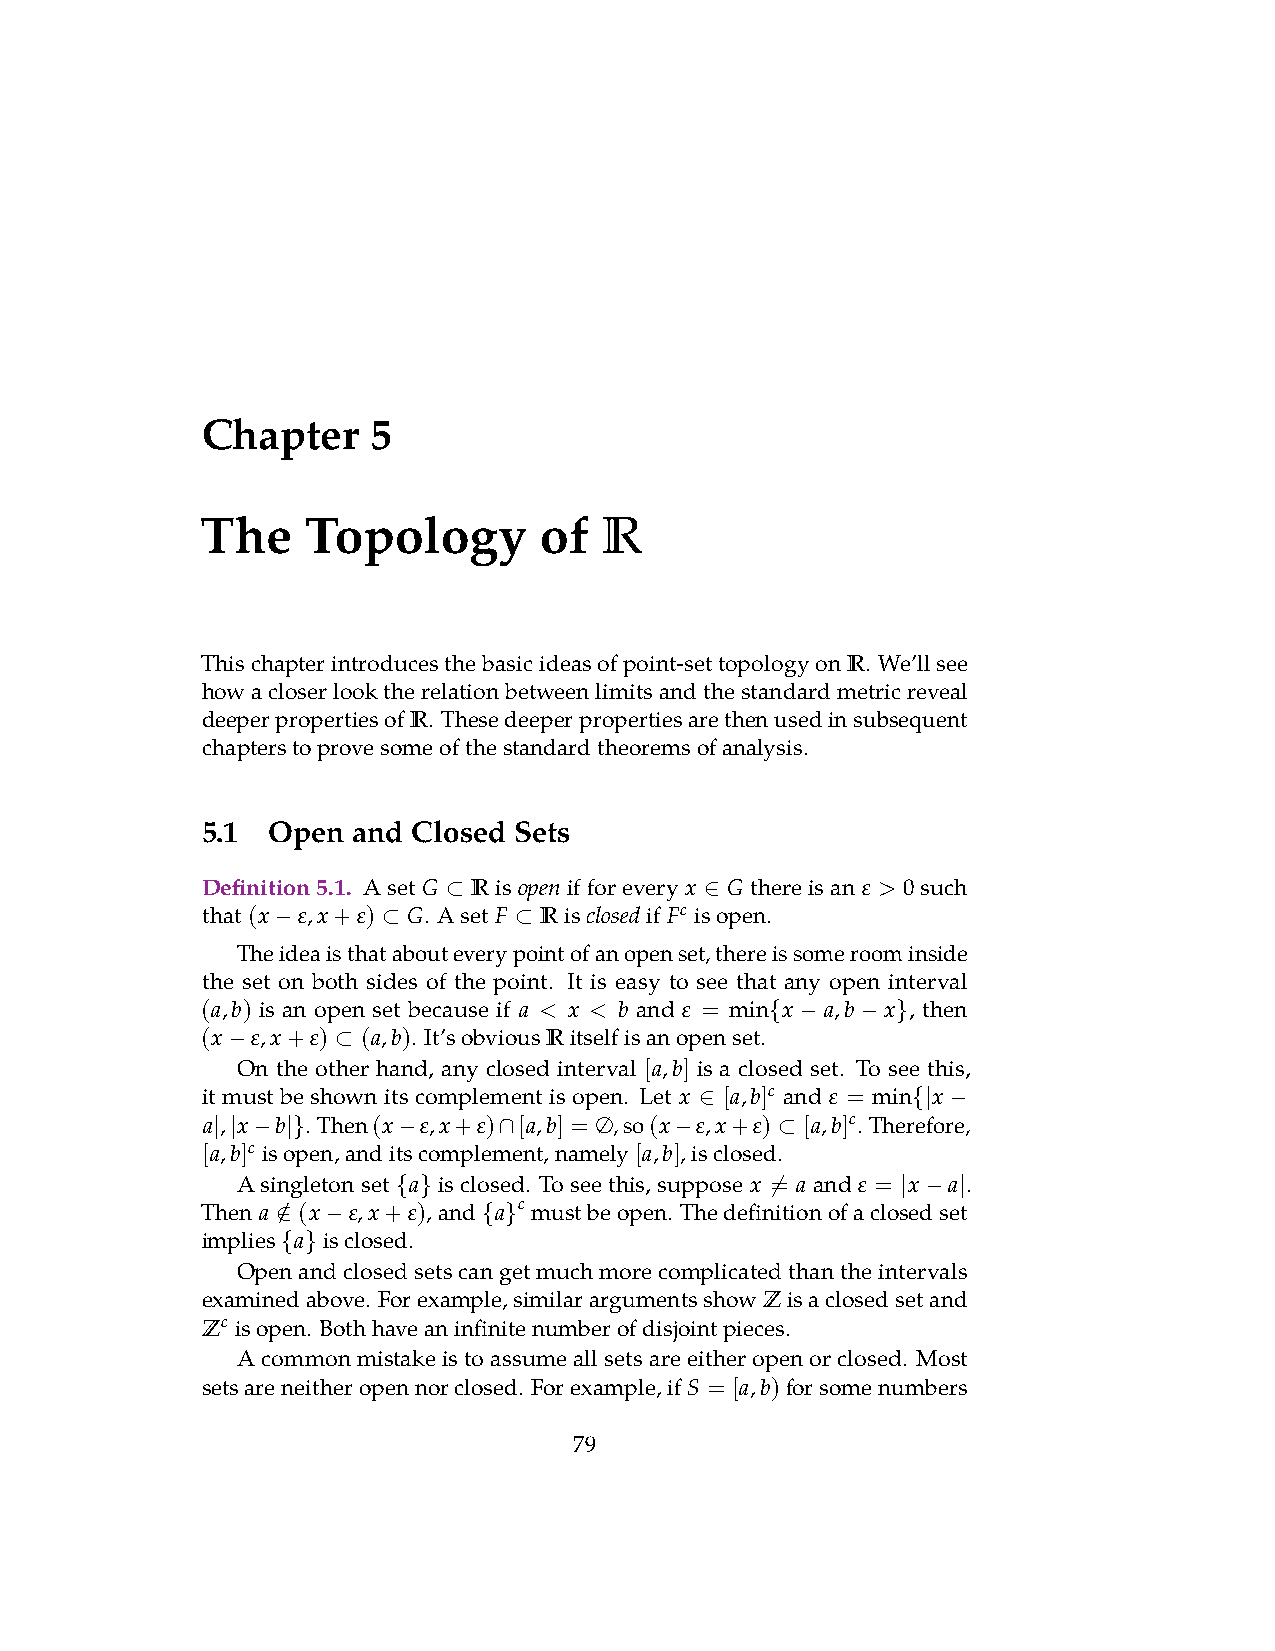
Chapter     5
 R
 The    Topology        of
 Thischapterintroducesthebasicideasofpoint-settopologyonR. We’llsee
 howacloserlooktherelationbetweenlimitsandthestandardmetricreveal
 deeperpropertiesofR. Thesedeeperpropertiesarethenusedinsubsequent
 chapterstoprovesomeofthestandardtheoremsofanalysis.
 5.1  Open and Closed Sets
 Definition5.1. Aset G Ris openifforevery x G thereisan ε > 0such
 ⊂                ∈
 that(x ε,x+ε) G. Aset F Ris closedif Fc isopen.
 −      ⊂        ⊂
 Theideaisthatabouteverypointofanopenset,thereissomeroominside
 the set on both sides of the point. It is easy to see that any open interval
 (a,b) is an open set because if a < x < b and ε = min x a,b x , then
 { −   − }
 (x  ε,x+ε) (a,b). It’sobviousRitselfisanopenset.
 −      ⊂
 On the other hand, any closed interval [a,b] is a closed set. To see this,
 it must be shown its complement is open. Let x [a,b]c and ε = min x
 ∈             {| −
 a , x b . Then(x ε,x+ε) [a,b] = ∅,so(x ε,x+ε) [a,b]c. Therefore,
 | | − |}    −      ∩           −      ⊂
 [a,b]c isopen,anditscomplement,namely[a,b],isclosed.
 Asingletonset a isclosed. Toseethis,suppose x = a and ε = x a .
 Then a / (x ε,x+{ ε)} ,and a c mustbeopen. Thedefin̸ itionofaclos| ed− se| t
 ∈   −         { }
 implies a isclosed.
 { }
 Openandclosedsetscangetmuchmorecomplicatedthantheintervals
 examinedabove. Forexample,similarargumentsshowZisaclosedsetand
 Zc isopen. Bothhaveaninfinitenumberofdisjointpieces.
 Acommonmistakeistoassumeallsetsareeitheropenorclosed. Most
 setsareneitheropennorclosed. Forexample,ifS = [a,b)forsomenumbers
 79